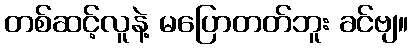
တစ်ဆင့်လူနဲ့ မပြောတတ်ဘူး ခင်ဗျ။